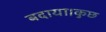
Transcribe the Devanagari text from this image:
बदाया।कुछ